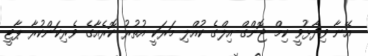
އޭނާ ވިދާޅުވީ ކިމް ޖޮންގް-އިލްގެ ކުއްލި މަރަކީ އުތުރު ކޮރެއާގެ ވެރިކަންކުރާ ޕާޓީ